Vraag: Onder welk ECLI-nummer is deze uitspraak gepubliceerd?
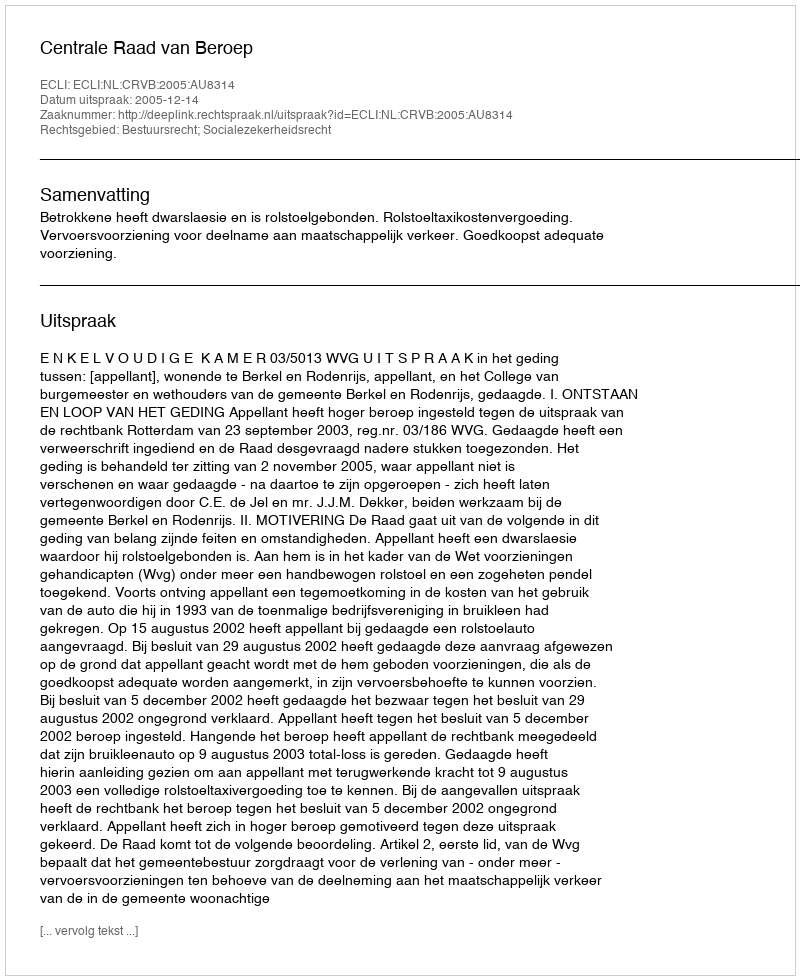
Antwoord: ECLI:NL:CRVB:2005:AU8314